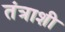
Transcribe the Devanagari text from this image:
तंत्राशी